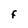
Character: f